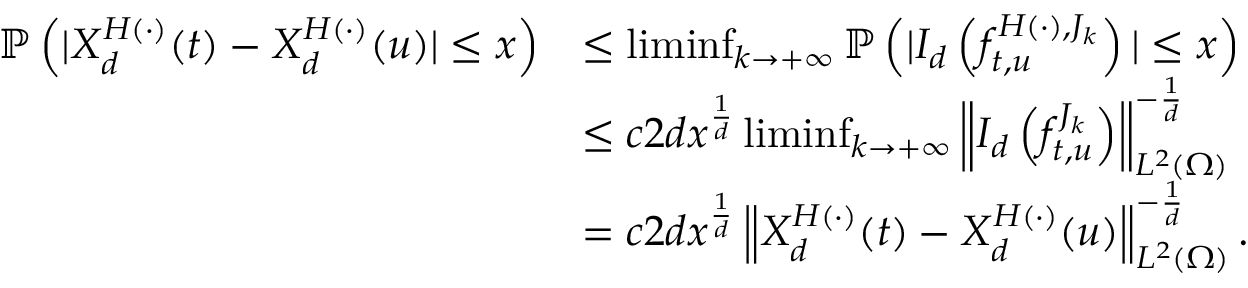
\begin{array} { r l } { \mathbb { P } \left( | X _ { d } ^ { H ( \cdot ) } ( t ) - X _ { d } ^ { H ( \cdot ) } ( u ) | \leq x \right) } & { \leq \operatorname* { l i m i n f } _ { k \to + \infty } \mathbb { P } \left( | I _ { d } \left( f _ { t , u } ^ { H ( \cdot ) , J _ { k } } \right) | \leq x \right) } \\ & { \leq c 2 d x ^ { \frac { 1 } { d } } \operatorname* { l i m i n f } _ { k \to + \infty } \left\| I _ { d } \left( f _ { t , u } ^ { J _ { k } } \right) \right\| _ { L ^ { 2 } ( \Omega ) } ^ { - \frac { 1 } { d } } } \\ & { = c 2 d x ^ { \frac { 1 } { d } } \left\| X _ { d } ^ { H ( \cdot ) } ( t ) - X _ { d } ^ { H ( \cdot ) } ( u ) \right\| _ { L ^ { 2 } ( \Omega ) } ^ { - \frac { 1 } { d } } . } \end{array}